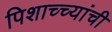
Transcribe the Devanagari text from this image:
पिशाच्च्यांची